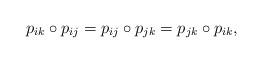
LaTeX: \begin{align*}p_{ik} \circ p_{ij} = p_{ij} \circ p_{jk} = p_{jk} \circ p_{ik}, \end{align*}